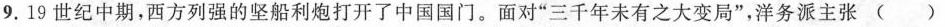
9.19世纪中期，西方列强的坚船利炮打开了中国国门。面对”三千年未有之大变局”，洋务派主张( )